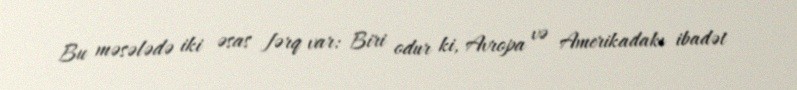
Bu məsələdə iki əsas fərq var: Biri odur ki, Avropa və Amerikadakı ibadət